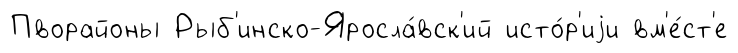
Пворайоны Рыб'инско-Яросла́вск'ий исто́р'иjи вм'е́ст'е